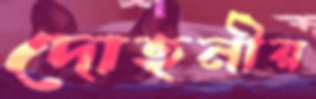
দোহনীয়